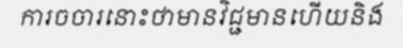
ការចចារនោះថាមានវិជ្ជមានហើយនិង